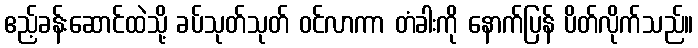
ဧည့်ခန်းဆောင်ထဲသို့ ခပ်သုတ်သုတ် ဝင်လာကာ တံခါးကို နောက်ပြန် ပိတ်လိုက်သည်။